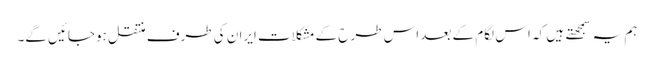
ہم یہ سمجهتے ہیں کہ اس لگام کے بعد اس طرح کے مشکلات ایران کی طرف منتقل ہوجائیں گے۔